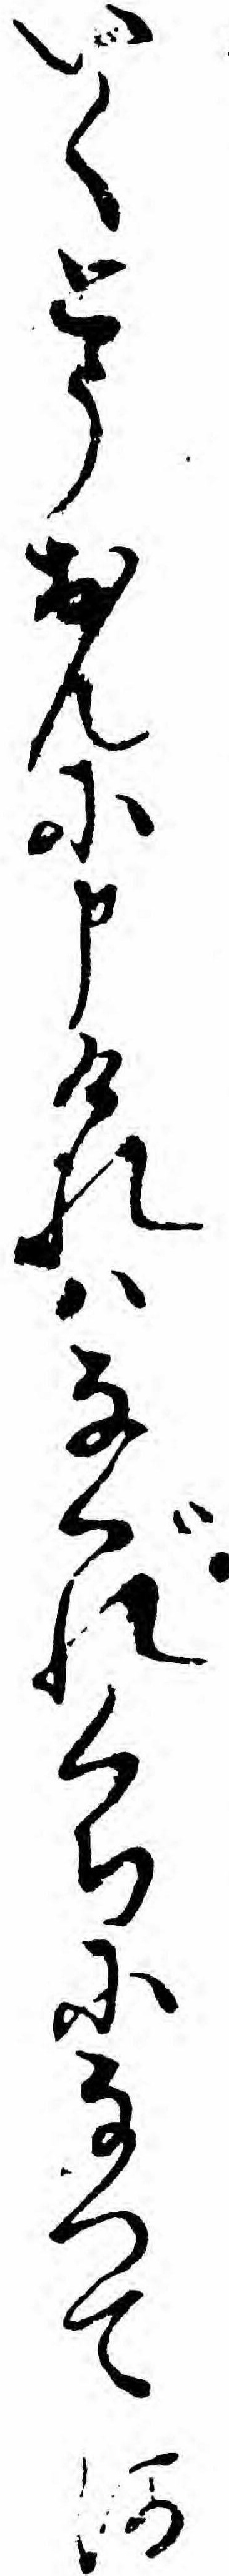
いくとうおんに申けれハなぐれくちになつて河